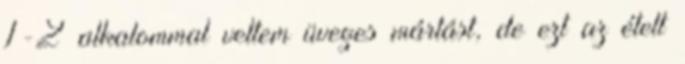
1-2 alkalommal vettem üveges mártást, de ezt az ételt